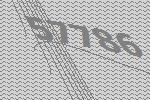
57786